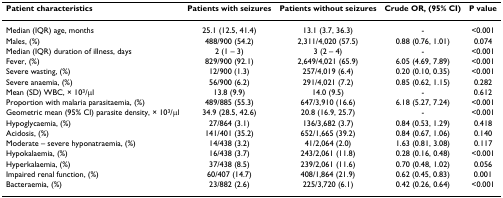
<table><thead><tr><td><b>Patient characteristics</b></td><td><b>Patients with seizures</b></td><td><b>Patients without seizures</b></td><td><b>Crude OR, (95% CI)</b></td><td><b>P value</b></td></tr></thead><tbody><tr><td>Median (IQR) age, months</td><td>25.1 (12.5, 41.4)</td><td>13.1 (3.7, 36.3)</td><td>-</td><td>&lt;0.001</td></tr><tr><td>Males, (%)</td><td>488/900 (54.2)</td><td>2,311/4,020 (57.5)</td><td>0.88 (0.76, 1.01)</td><td>0.074</td></tr><tr><td>Median (IQR) duration of illness, days</td><td>2 (1 – 3)</td><td>3 (2 – 4)</td><td>-</td><td>&lt;0.001</td></tr><tr><td>Fever, (%)</td><td>829/900 (92.1)</td><td>2,649/4,021 (65.9)</td><td>6.05 (4.69, 7.89)</td><td>&lt;0.001</td></tr><tr><td>Severe wasting, (%)</td><td>12/900 (1.3)</td><td>257/4,019 (6.4)</td><td>0.20 (0.10, 0.35)</td><td>&lt;0.001</td></tr><tr><td>Severe anaemia, (%)</td><td>56/900 (6.2)</td><td>291/4,021 (7.2)</td><td>0.85 (0.62, 1.15)</td><td>0.282</td></tr><tr><td>Mean (SD) WBC, × 10<sup>3</sup>/μl</td><td>13.8 (9.9)</td><td>14.0 (9.5)</td><td>-</td><td>0.612</td></tr><tr><td>Proportion with malaria parasitaemia, (%)</td><td>489/885 (55.3)</td><td>647/3,910 (16.6)</td><td>6.18 (5.27, 7.24)</td><td>&lt;0.001</td></tr><tr><td>Geometric mean (95% CI) parasite density, × 10<sup>3</sup>/μl</td><td>34.9 (28.5, 42.6)</td><td>20.8 (16.9, 25.7)</td><td>-</td><td>&lt;0.001</td></tr><tr><td>Hypoglycaemia, (%)</td><td>27/864 (3.1)</td><td>136/3,682 (3.7)</td><td>0.84 (0.53, 1.29)</td><td>0.418</td></tr><tr><td>Acidosis, (%)</td><td>141/401 (35.2)</td><td>652/1,665 (39.2)</td><td>0.84 (0.67, 1.06)</td><td>0.140</td></tr><tr><td>Moderate – severe hyponatraemia, (%)</td><td>14/438 (3.2)</td><td>41/2,064 (2.0)</td><td>1.63 (0.81, 3.08)</td><td>0.117</td></tr><tr><td>Hypokalaemia, (%)</td><td>16/438 (3.7)</td><td>243/2,061 (11.8)</td><td>0.28 (0.16, 0.48)</td><td>&lt;0.001</td></tr><tr><td>Hyperkalaemia, (%)</td><td>37/438 (8.5)</td><td>239/2,061 (11.6)</td><td>0.70 (0.48, 1.02)</td><td>0.056</td></tr><tr><td>Impaired renal function, (%)</td><td>60/407 (14.7)</td><td>408/1,864 (21.9)</td><td>0.62 (0.45, 0.83)</td><td>0.001</td></tr><tr><td>Bacteraemia, (%)</td><td>23/882 (2.6)</td><td>225/3,720 (6.1)</td><td>0.42 (0.26, 0.64)</td><td>&lt;0.001</td></tr></tbody></table>